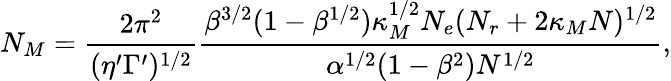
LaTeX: N_{M}=\frac{2\pi^{2}}{(\eta^{\prime}\Gamma^{\prime})^{1/2}}\frac{\beta^{3/2}(1-\beta^{1/2})\kappa_{M}^{1/2}N_{e}(N_{r}+2\kappa_{M}N)^{1/2}}{\alpha^{1/2}(1-\beta^{2})N^{1/2}},